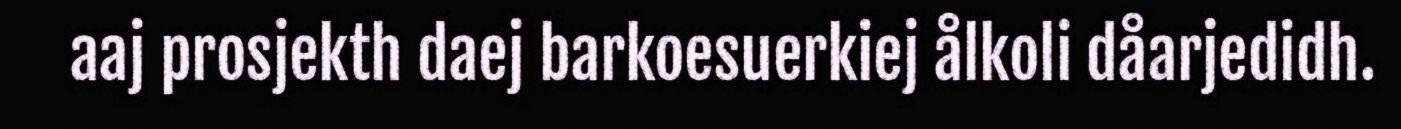
aaj prosjekth daej barkoesuerkiej ålkoli dåarjedidh.